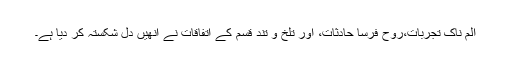
الم ناک تجربات،روح فرسا حادثات، اور تلخ و تند قسم کے اتفاقات نے انھیں دل شکستہ کر دیا ہے۔